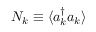
N _ { k } \equiv \langle a _ { k } ^ { \dagger } a _ { k } \rangle